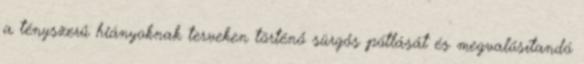
a tényszerű hiányoknak terveken történő sürgős pótlását és megvalósítandó